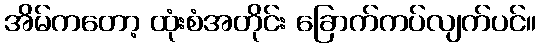
အိမ်ကတော့ ထုံးစံအတိုင်း ခြောက်ကပ်လျက်ပင်။